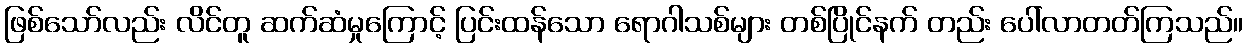
ဖြစ်သော်လည်း လိင်တူ ဆက်ဆံမှုကြောင့် ပြင်းထန်သော ရောဂါသစ်များ တစ်ပြိုင်နက် တည်း ပေါ်လာတတ်ကြသည်။